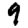
Digit: 9